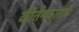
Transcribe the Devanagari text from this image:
कीर्तनकाराचे